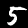
Label: 5